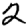
Digit: 2